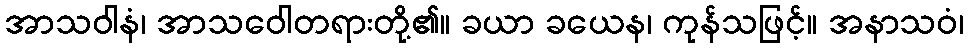
အာသဝါနံ၊ အာသဝေါတရားတို့၏။ ခယာ ခယေန၊ ကုန်သဖြင့်။ အနာသဝံ၊